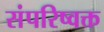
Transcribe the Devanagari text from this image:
संपरिष्वक्त